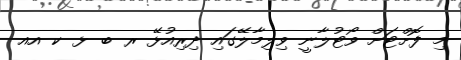
މި ފޮށްޓަށް ވޯޓުލާނީ ވިލިމާލޭގައި ދިރިއުޅޭ ރ ބ ޅ ކ އއ